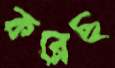
কব্‌লেছ